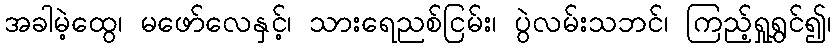
အခါမဲ့ထွေ၊ မဖော်လေနှင့်၊ သားရေညစ်ငြမ်း၊ ပွဲလမ်းသဘင်၊ ကြည့်ရှုရွှင်၍၊